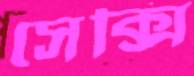
সেক্সি